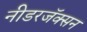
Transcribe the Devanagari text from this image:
नीडरजॅक्सन